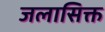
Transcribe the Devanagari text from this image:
जलासिक्त